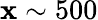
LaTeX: \mathbf{x}\sim500